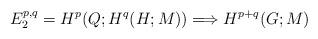
LaTeX: \begin{align*}E_2^{p,q} = H^p(Q;H^q(H;M)) \Longrightarrow H^{p+q}(G;M)\end{align*}